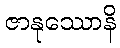
ဇာနုဿောနိ